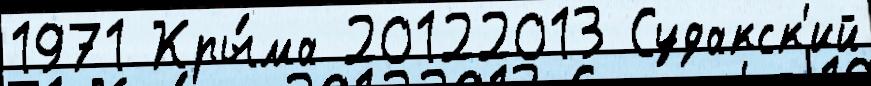
1971 Кры́ма 20122013 Судакск'ий